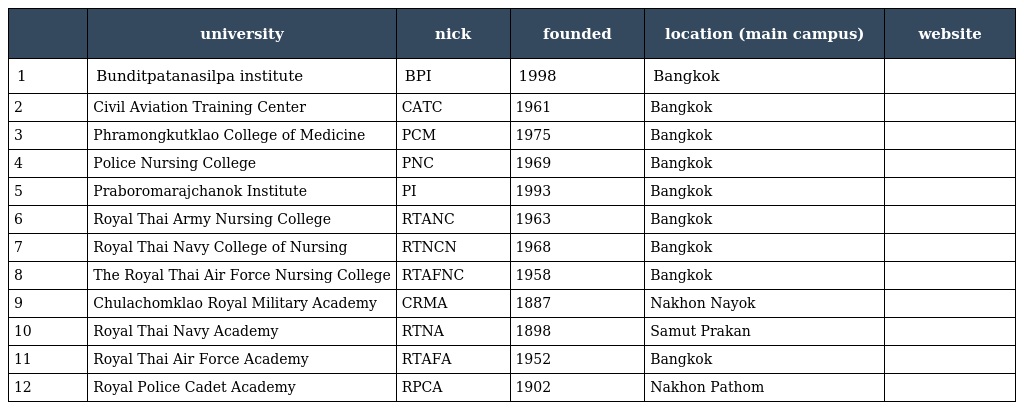
|  | university | nick | founded | location (main campus) | website |
 | --- | --- | --- | --- | --- | --- |
 | 1 | Bunditpatanasilpa institute | BPI | 1998 | Bangkok |  |
 | 2 | Civil Aviation Training Center | CATC | 1961 | Bangkok |  |
 | 3 | Phramongkutklao College of Medicine | PCM | 1975 | Bangkok |  |
 | 4 | Police Nursing College | PNC | 1969 | Bangkok |  |
 | 5 | Praboromarajchanok Institute | PI | 1993 | Bangkok |  |
 | 6 | Royal Thai Army Nursing College | RTANC | 1963 | Bangkok |  |
 | 7 | Royal Thai Navy College of Nursing | RTNCN | 1968 | Bangkok |  |
 | 8 | The Royal Thai Air Force Nursing College | RTAFNC | 1958 | Bangkok |  |
 | 9 | Chulachomklao Royal Military Academy | CRMA | 1887 | Nakhon Nayok |  |
 | 10 | Royal Thai Navy Academy | RTNA | 1898 | Samut Prakan |  |
 | 11 | Royal Thai Air Force Academy | RTAFA | 1952 | Bangkok |  |
 | 12 | Royal Police Cadet Academy | RPCA | 1902 | Nakhon Pathom |  |